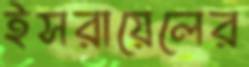
ইসরায়েলের